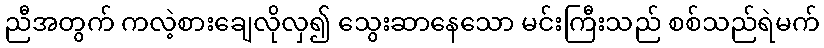
ညီအတွက် ကလဲ့စားချေလိုလှ၍ သွေးဆာနေသော မင်းကြီးသည် စစ်သည်ရဲမက်